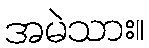
အမဲသား။